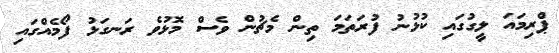
ޕްރިމައަ ލީގުގައި ކުޅުނު ފުރަތަމަ ތިން މެޗުން ވެސް މޮޅުވެ ރަނގަޅު ފޯމެއްގައި